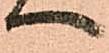
へ